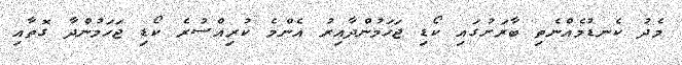
މެދު ކެނޑުމެއްނެތި ބާރަށުގައި ކޯޑި ޖަހަމުންދާއިރު އެންމެ ކުރިއްސުރެ ކޯޑި ޖަހަމުންދާ ގޮތާއި